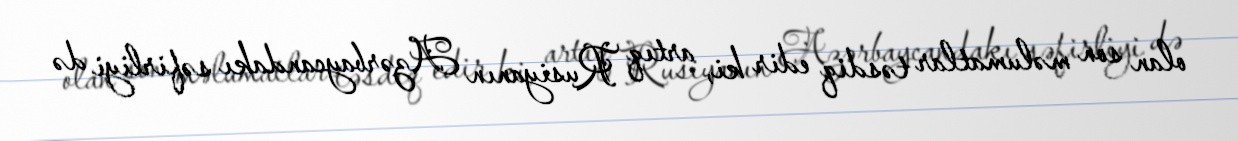
olan son məlumatlar təsdiq edir ki, artıq Rusiyanın Azərbaycandakı səfirliyi də